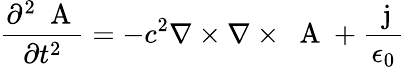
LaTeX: \frac{\partial^{2}\mathrm{~\mathbf~A~}}{\partial t^{2}}=-c^{2}\nabla\times\nabla\times\mathrm{~\mathbf~A~}+\frac{\mathrm{~\mathbf~j~}}{\epsilon_{0}}